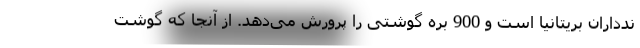
ندداران بریتانیا است و 900 بره گوشتی را پرورش می‌دهد. از آنجا که گوشت